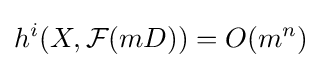
h^{i}(X,{\mathcal {F}}(mD))=O(m^{n})